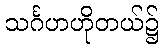
သင်္ဂဟဟိုတယ်၌